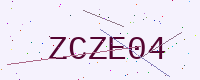
Text: ZCZE04